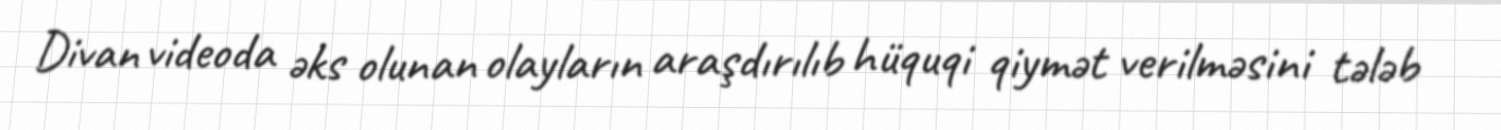
Divan videoda əks olunan olayların araşdırılıb hüquqi qiymət verilməsini tələb